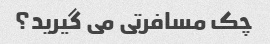
چک مسافرتی می گیرید؟